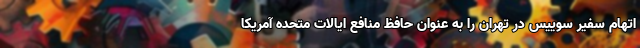
اتهام سفیر سوییس در تهران را به عنوان حافظ منافع ایالات متحده آمریکا